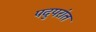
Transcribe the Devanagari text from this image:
पदुपरांत